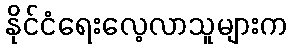
နိုင်ငံရေးလေ့လာသူများက